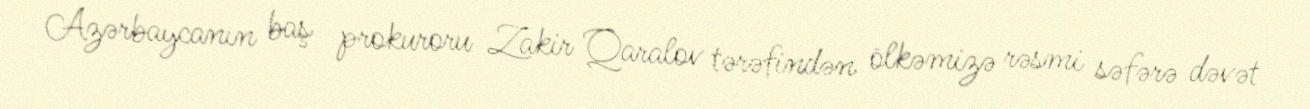
Azərbaycanın baş prokuroru Zakir Qaralov tərəfindən ölkəmizə rəsmi səfərə dəvət